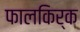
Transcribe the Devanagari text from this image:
फालकिर्क